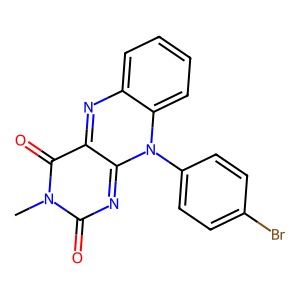
SMILES: Cn1c(=O)nc2n(-c3ccc(Br)cc3)c3ccccc3nc-2c1=O
Inhibits HIV replication: No